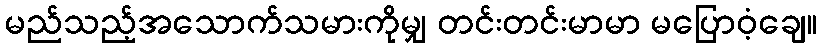
မည်သည့်အသောက်သမားကိုမျှ တင်းတင်းမာမာ မပြောဝံ့ချေ။